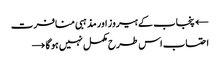
← پنجاب کے ہیروز اور مذہبی منافرت
احتساب اس طرح مکمل نہیں ہو گا →